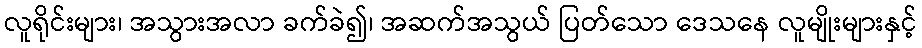
လူရိုင်းများ၊ အသွားအလာ ခက်ခဲ၍၊ အဆက်အသွယ် ပြတ်သော ဒေသနေ လူမျိုးများနှင့်